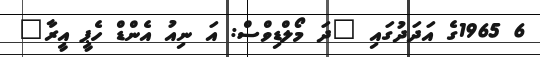
6 1965ގެ އަދަދުގައި "ދަ މޯލްޑިވްސް: އަ ނިއު އެންޑް ހެޕީ އީރާ"